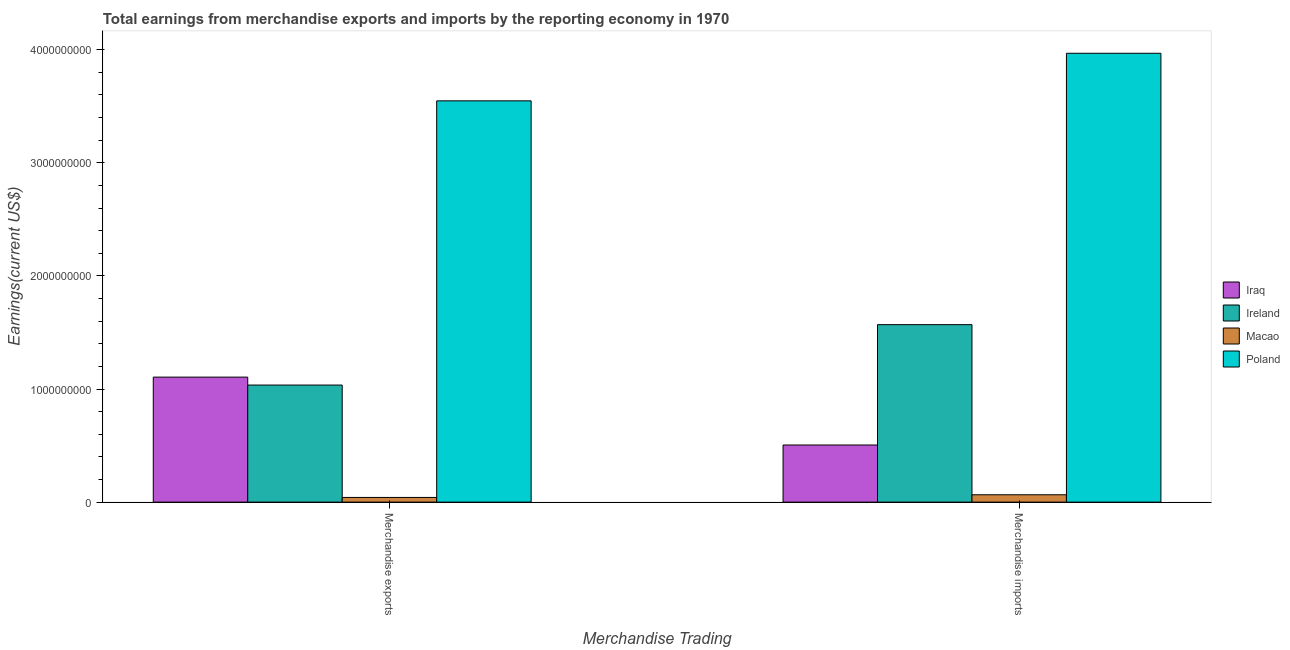
| Merchandise Trading | Iraq | Ireland | Macao | Poland |
 | --- | --- | --- | --- | --- |
 | Merchandise exports | 1.11e+09 | 1.03e+09 | 4.14e+07 | 3.55e+09 |
 | Merchandise imports | 5.05e+08 | 1.57e+09 | 6.5e+07 | 3.97e+09 |